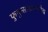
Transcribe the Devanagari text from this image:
फुफुसांप्रमाणेच